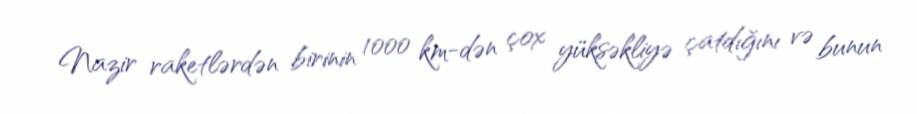
Nazir raketlərdən birinin 1000 km-dən çox yüksəkliyə çatdığını və bunun